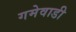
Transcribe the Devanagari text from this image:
गमेवाडी